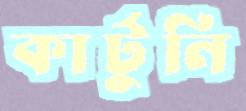
কার্টুনি